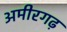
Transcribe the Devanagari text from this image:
अमीरगढ़